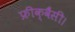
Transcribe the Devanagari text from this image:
फ्रीक्वैंसी।